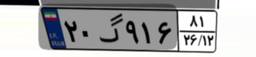
۱۹گ۰۱۳۷۲